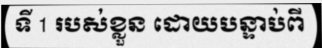
ទី 1 របស់ខ្លួន ដោយបន្ទាប់ពី